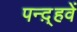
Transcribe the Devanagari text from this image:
पन्द़्हवें